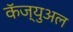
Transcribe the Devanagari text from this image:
कॅज्युअल